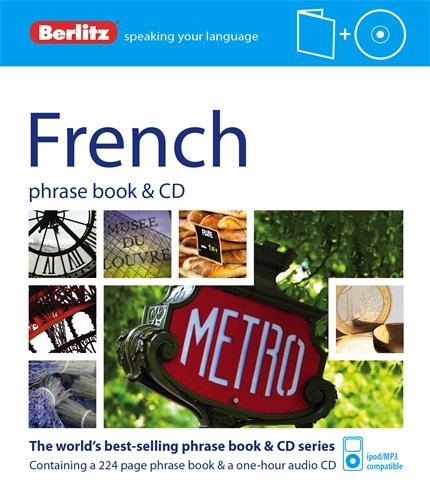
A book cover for Berlitz French Phrase Book and CD (Phrase Book & CD); Berlitz Publishing; Travel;